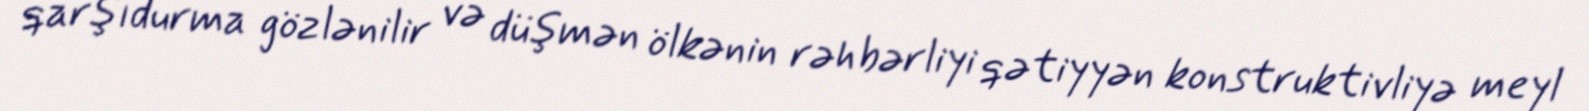
qarşıdurma gözlənilir və düşmən ölkənin rəhbərliyi qətiyyən konstruktivliyə meyl